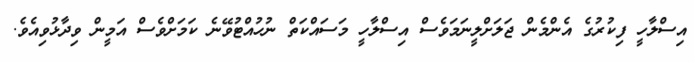
އިސްލާހީ ފިކުރުގެ އެންމެން ޖަލަށްލީނަމަވެސް އިސްލާހީ މަސައްކަތް ނުހުއްޓުވޭނެ ކަމަށްވެސް އަމީން ވިދާޅުވިއެވެ.